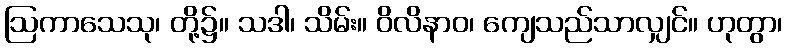
ဩကာသေသု၊ တို့၌။ သဒါ၊ သိမ်း။ ဝိလိနာဝ၊ ကျေသည်သာလျှင်။ ဟုတွာ၊